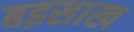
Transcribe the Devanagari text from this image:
बइसाख